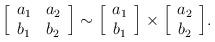
LaTeX: \begin{align*}\Big[ \begin{array}{cc} a_1 & a_2 \cr b_1 & b_2 \end{array} \Big]\sim\Big[ \begin{array}{c} a_1 \cr b_1 \end{array} \Big] \times\Big[ \begin{array}{c} a_2 \cr b_2 \end{array} \Big].\end{align*}